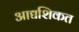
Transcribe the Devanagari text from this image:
आद्यशिकत